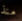
منذ